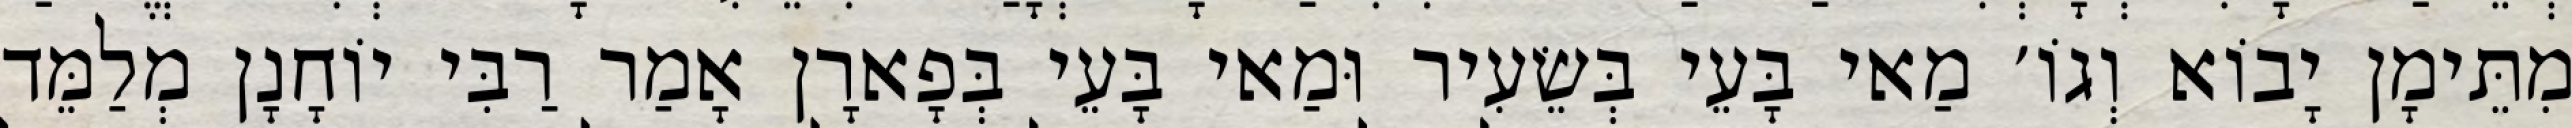
מִתֵּימָן יָבוֹא וְגוֹ׳ מַאי בָּעֵי בְּשֵׂעִיר וּמַאי בָּעֵי בְּפָארָן אָמַר רַבִּי יוֹחָנָן מְלַמֵּד